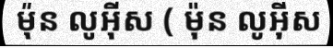
ម៉ុន លូអ៊ីស ( ម៉ុន លូអ៊ីស